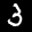
Label: 3